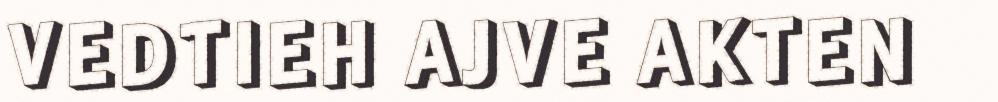
VEDTIEH AJVE AKTEN